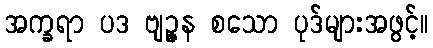
အက္ခရာ ပဒ ဗျဉ္ဇန စသော ပုဒ်များအဖွင့်။